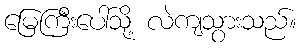
မြေကြီးပေါ်သို့ လဲကျသွားသည်။